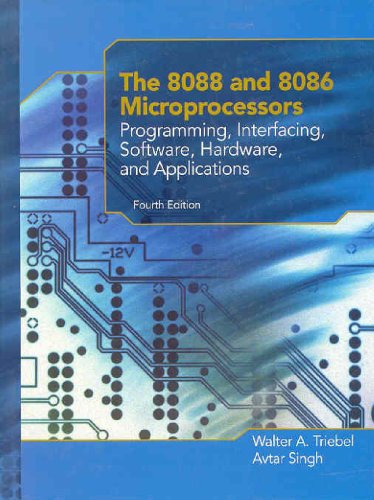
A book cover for The 8088 and 8086 Microprocessors: Programming, Interfacing, Software, Hardware, and Applications (4th Edition); Walter A. Triebel; Computers & Technology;